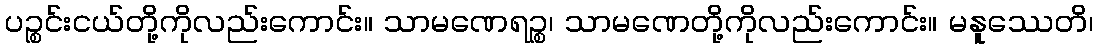
ပဉ္စင်းငယ်တို့ကိုလည်းကောင်း။ သာမဏေရဉ္စ၊ သာမဏေတို့ကိုလည်းကောင်း။ မနူဿေတိ၊